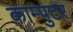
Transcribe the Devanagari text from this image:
काम्पुटर